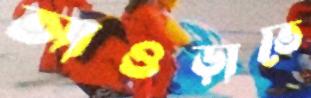
আওড়াতে